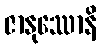
ဇာနုဿောနိ